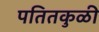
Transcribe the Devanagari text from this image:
पतितकुळी